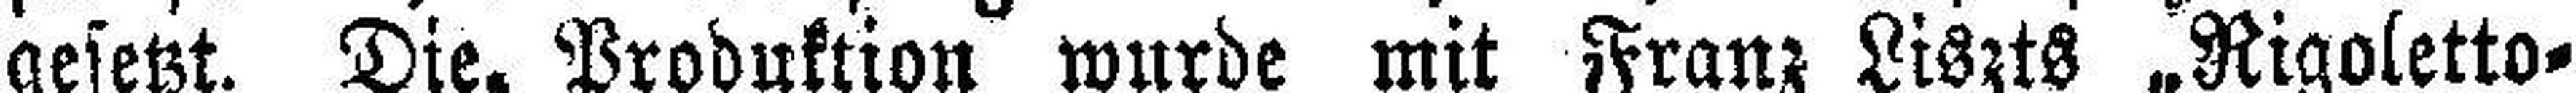
gesetzt. Die. Produktion wurde mit Franz Liszts „Rigoletto=